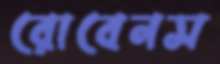
রোবেনস